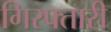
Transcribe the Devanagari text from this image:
गिरफ्तारी